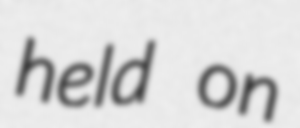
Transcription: held on